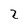
Character: 2